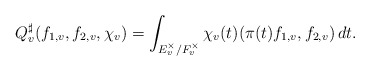
\begin{align*} Q_{v}^{\sharp}(f_{1,v}, f_{2,v}, \chi_{v})=\int_{E_{v}^{\times}/F_{v}^{\times}} \chi_{v}(t) (\pi(t)f_{1,v}, f_{2,v})\, {dt}.\end{align*}